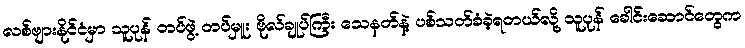
လစ်ဗျားနိုင်ငံမှာ သူပုန် တပ်ဖွဲ့ တပ်မှူး ဗိုလ်ချုပ်ကြီး သေနတ်နဲ့ ပစ်သတ်ခံခဲ့ရတယ်လို့ သူပုန် ခေါင်းဆောင်တွေက